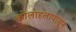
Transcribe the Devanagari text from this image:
कोलाहलापासून